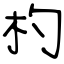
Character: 杓